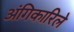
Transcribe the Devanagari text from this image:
अंगिकारिले